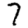
Digit: 7